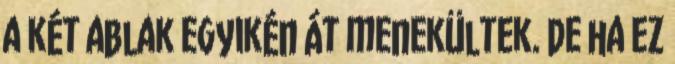
a két ablak egyikén át menekültek. De ha ez